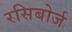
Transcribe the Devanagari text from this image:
रसिबोर्ज